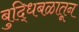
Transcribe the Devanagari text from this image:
बुद्धिबळातून